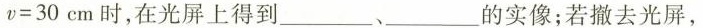
$$v = 3 0 c m$$时，在光屏上得到___、___的实像；若撤去光屏，